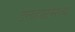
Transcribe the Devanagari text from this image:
डॅलहार्टमध्ये